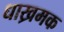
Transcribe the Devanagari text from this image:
धाख्रमक